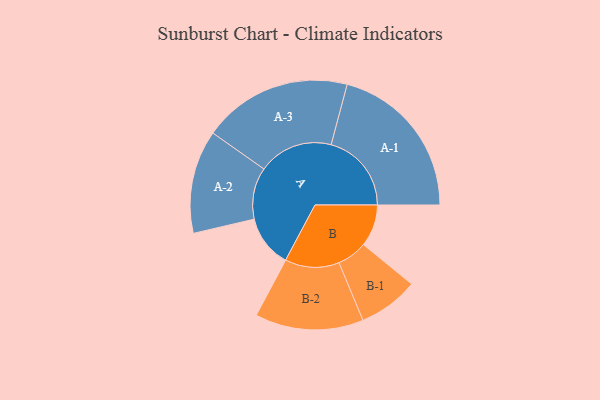
{"axis": {"x": "Segment", "y": "Value"}, "legend": ["", "A", "B"], "data": [{"x": "A", "y": 184, "type": ""}, {"x": "B", "y": 148, "type": ""}, {"x": "A-1", "y": 283, "type": "A"}, {"x": "A-2", "y": 182, "type": "A"}, {"x": "A-3", "y": 263, "type": "A"}, {"x": "B-1", "y": 106, "type": "B"}, {"x": "B-2", "y": 191, "type": "B"}]}